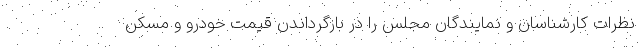
نظرات کارشناسان و نمایندگان مجلس را در بازگرداندن قیمت خودرو و مسکن